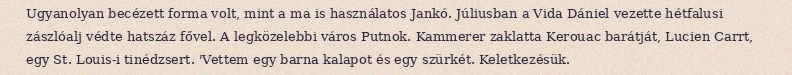
Ugyanolyan becézett forma volt, mint a ma is használatos Jankó. Júliusban a Vida Dániel vezette hétfalusi zászlóalj védte hatszáz fővel. A legközelebbi város Putnok. Kammerer zaklatta Kerouac barátját, Lucien Carrt, egy St. Louis-i tinédzsert. 'Vettem egy barna kalapot és egy szürkét. Keletkezésük.